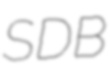
SDB